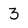
Character: 3